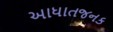
આધાતજનક